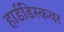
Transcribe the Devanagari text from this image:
हार्डडिस्कवर